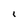
Character: l